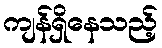
ကျန်ရှိနေသည့်